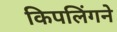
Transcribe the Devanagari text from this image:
किपलिंगने